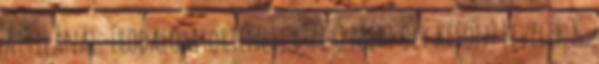
Attilánál. Irodalomtörténet, 1971 Ó mért oly későn? Levelek K.